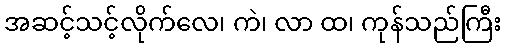
အဆင့်သင့်လိုက်လေ၊ ကဲ၊ လာ ထ၊ ကုန်သည်ကြီး